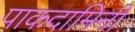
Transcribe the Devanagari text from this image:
पाकदामिनी